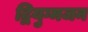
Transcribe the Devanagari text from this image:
द्वियुग्मजन